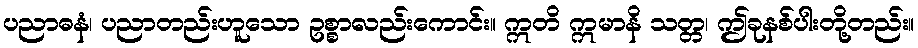
ပညာဓနံ၊ ပညာတည်းဟူသော ဥစ္စာလည်းကောင်း။ ဣတိ ဣမာနိ သတ္တ၊ ဤခုနစ်ပါးတို့တည်း။